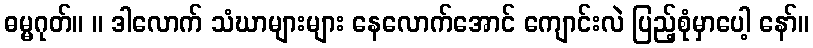
ဓမ္မဂုတ်။ ။ ဒါလောက် သံဃာများများ နေလောက်အောင် ကျောင်းလဲ ပြည့်စုံမှာပေါ့ နော်။